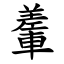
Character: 䡨